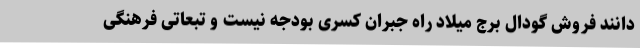
دانند فروش گودال برج میلاد راه جبران کسری بودجه نیست و تبعاتی فرهنگی